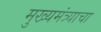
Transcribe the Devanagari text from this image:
मुख्यमंत्र्याचा